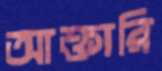
আক্তারি